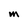
Character: M